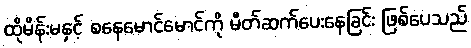
ထိုမိန်းမနှင့် စနေမောင်မောင်ကို မိတ်ဆက်ပေးနေခြင်း ဖြစ်ပေသည်